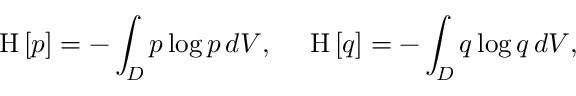
\mathrm { H } \left[ { p } \right] = - \int _ { D } p \log p \, d V , ~ ~ ~ ~ \mathrm { H } \left[ { q } \right] = - \int _ { D } q \log q \, d V ,